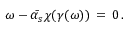
\omega - \bar { \alpha _ { s } } \chi ( \gamma ( \omega ) ) \, = \, 0 \, .